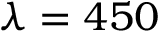
\lambda = 4 5 0